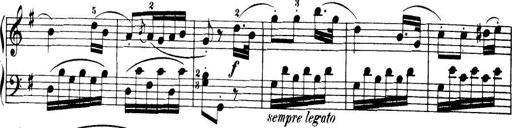
Title: 32 Sonatinas and Rondos for the Piano
Composer: Richard Kleinmichel